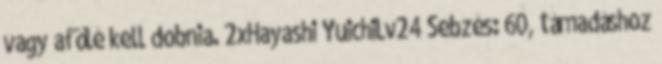
vagy afölé kell dobnia. 2xHayashi YuichiLv24 Sebzés: 60, támadáshoz